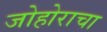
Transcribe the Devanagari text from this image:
जोहोराचा